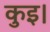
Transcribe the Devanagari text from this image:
कुइ।